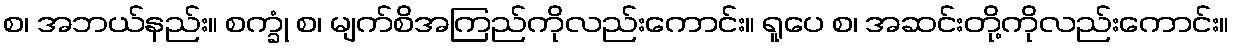
စ၊ အဘယ်နည်း။ စက္ခုံ စ၊ မျက်စိအကြည်ကိုလည်းကောင်း။ ရူပေ စ၊ အဆင်းတို့ကိုလည်းကောင်း။